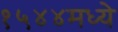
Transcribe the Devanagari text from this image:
१५४४मध्ये